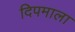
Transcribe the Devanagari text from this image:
दिपमाला